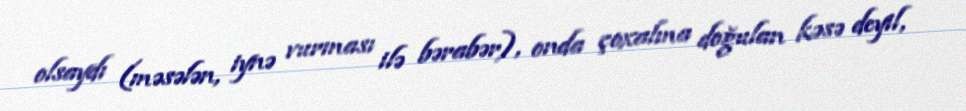
olsaydı (məsələn, iynə vurması ilə bərabər), onda çoxalma doğulan kəsə deyil,